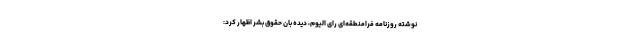
نوشته روزنامه فرامنطقه‌ای رای الیوم، دیده بان حقوق بشر اظهار کرد: